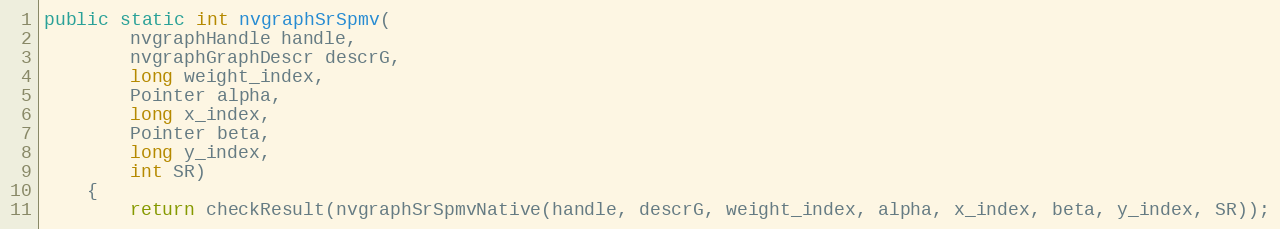
Language: Java
public static int nvgraphSrSpmv(
        nvgraphHandle handle,
        nvgraphGraphDescr descrG,
        long weight_index,
        Pointer alpha,
        long x_index,
        Pointer beta,
        long y_index,
        int SR)
    {
        return checkResult(nvgraphSrSpmvNative(handle, descrG, weight_index, alpha, x_index, beta, y_index, SR));